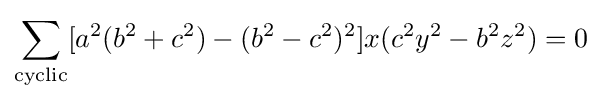
\sum _{\text{cyclic}}[a^{2}(b^{2}+c^{2})-(b^{2}-c^{2})^{2}]x(c^{2}y^{2}-b^{2}z^{2})=0